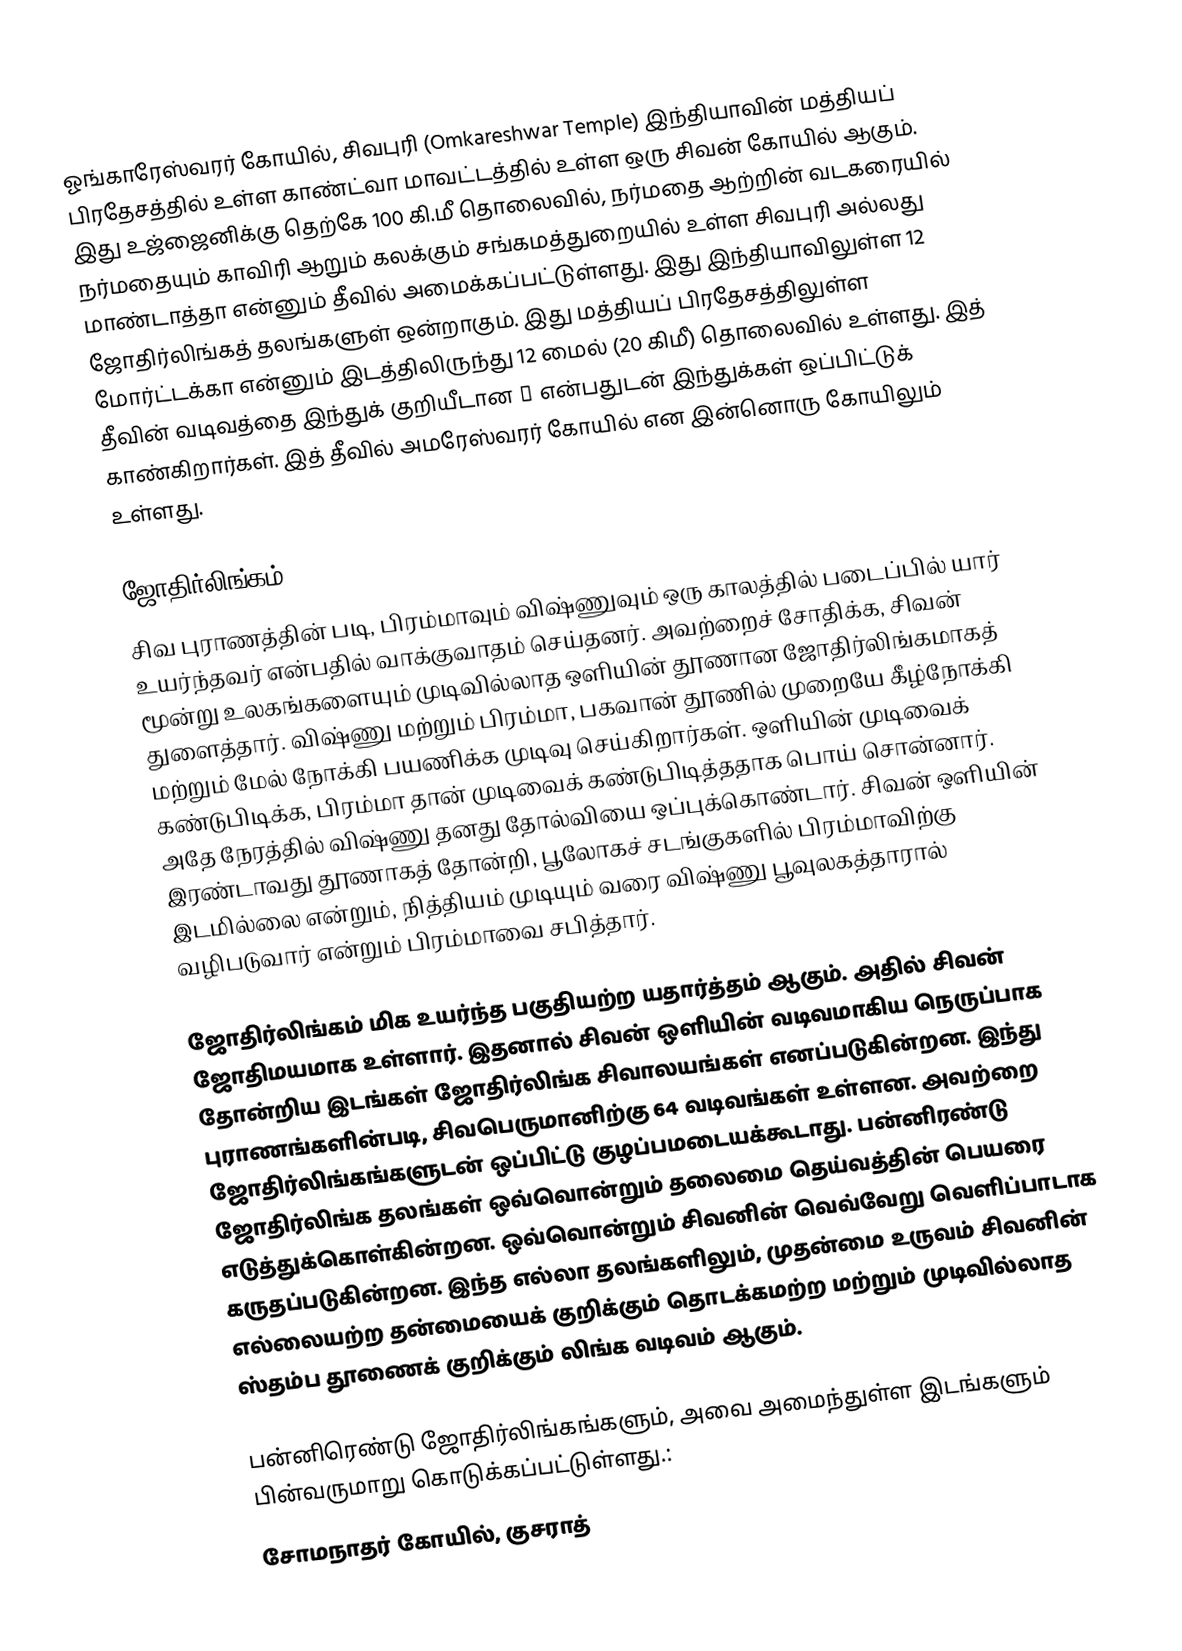
ஓங்காரேஸ்வரர் கோயில், சிவபுரி (Omkareshwar Temple)  இந்தியாவின் மத்தியப் பிரதேசத்தில் உள்ள காண்ட்வா மாவட்டத்தில் உள்ள ஒரு சிவன் கோயில் ஆகும். இது உஜ்ஜைனிக்கு தெற்கே 100 கி.மீ தொலைவில்,   நர்மதை ஆற்றின் வடகரையில் நர்மதையும் காவிரி ஆறும் கலக்கும் சங்கமத்துறையில்  உள்ள சிவபுரி அல்லது மாண்டாத்தா என்னும் தீவில் அமைக்கப்பட்டுள்ளது.  இது இந்தியாவிலுள்ள 12 ஜோதிர்லிங்கத் தலங்களுள் ஒன்றாகும். இது மத்தியப் பிரதேசத்திலுள்ள மோர்ட்டக்கா என்னும் இடத்திலிருந்து 12 மைல் (20 கிமீ) தொலைவில் உள்ளது. இத் தீவின் வடிவத்தை இந்துக் குறியீடான ॐ என்பதுடன் இந்துக்கள் ஒப்பிட்டுக் காண்கிறார்கள். இத் தீவில் அமரேஸ்வரர் கோயில் என இன்னொரு கோயிலும் உள்ளது.

ஜோதிர்லிங்கம்
சிவ புராணத்தின் படி, பிரம்மாவும் விஷ்ணுவும் ஒரு காலத்தில் படைப்பில் யார் உயர்ந்தவர் என்பதில் வாக்குவாதம் செய்தனர். அவற்றைச் சோதிக்க, சிவன் மூன்று உலகங்களையும் முடிவில்லாத ஒளியின் தூணான ஜோதிர்லிங்கமாகத் துளைத்தார். விஷ்ணு மற்றும் பிரம்மா, பகவான் தூணில் முறையே கீழ்நோக்கி மற்றும் மேல் நோக்கி பயணிக்க முடிவு செய்கிறார்கள். ஒளியின் முடிவைக் கண்டுபிடிக்க, பிரம்மா தான் முடிவைக் கண்டுபிடித்ததாக பொய் சொன்னார்.  அதே நேரத்தில் விஷ்ணு தனது தோல்வியை ஒப்புக்கொண்டார். சிவன் ஒளியின் இரண்டாவது தூணாகத் தோன்றி, பூலோகச் சடங்குகளில் பிரம்மாவிற்கு இடமில்லை என்றும், நித்தியம் முடியும் வரை விஷ்ணு பூவுலகத்தாரால் வழிபடுவார் என்றும் பிரம்மாவை சபித்தார்.

ஜோதிர்லிங்கம் மிக உயர்ந்த பகுதியற்ற யதார்த்தம் ஆகும். அதில் சிவன் ஜோதிமயமாக உள்ளார்.  இதனால் சிவன் ஒளியின் வடிவமாகிய நெருப்பாக தோன்றிய இடங்கள் ஜோதிர்லிங்க சிவாலயங்கள் எனப்படுகின்றன. இந்து புராணங்களின்படி, சிவபெருமானிற்கு 64 வடிவங்கள் உள்ளன.  அவற்றை ஜோதிர்லிங்கங்களுடன் ஒப்பிட்டு குழப்பமடையக்கூடாது. பன்னிரண்டு ஜோதிர்லிங்க தலங்கள் ஒவ்வொன்றும் தலைமை தெய்வத்தின் பெயரை எடுத்துக்கொள்கின்றன. ஒவ்வொன்றும் சிவனின் வெவ்வேறு வெளிப்பாடாக கருதப்படுகின்றன. இந்த எல்லா தலங்களிலும், முதன்மை உருவம் சிவனின் எல்லையற்ற தன்மையைக் குறிக்கும் தொடக்கமற்ற மற்றும் முடிவில்லாத ஸ்தம்ப தூணைக் குறிக்கும் லிங்க வடிவம் ஆகும்.

பன்னிரெண்டு ஜோதிர்லிங்கங்களும், அவை அமைந்துள்ள இடங்களும் பின்வருமாறு கொடுக்கப்பட்டுள்ளது.:
சோமநாதர் கோயில், குசராத்